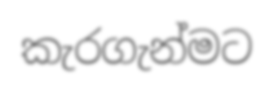
කැරගැන්මට